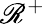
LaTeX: \mathscr{R}^{+}